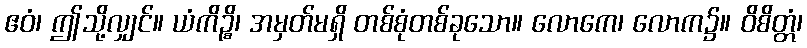
ဧဝံ၊ ဤသို့လျှင်။ ယံကိဉ္စိ၊ အမှတ်မရှိ တစ်စုံတစ်ခုသော။ လောကေ၊ လောက၌။ ဝိစိတ္တံ၊